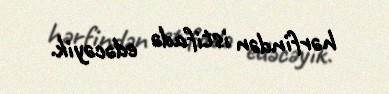
hərfindən istifadə edəcəyik.